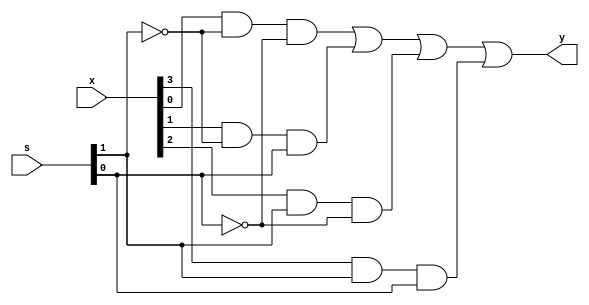
/***** Obarey Inc. *****/   
module four_to_one_multiplexer(y,x,s);
    input [1:0] s;
    input [3:0] x;
    output y;
    
    assign y = (x[0] & ~s[1] & ~s[0]) | (x[1] & ~s[1] & s[0]) | (x[2] & s[1] & ~s[0]) | (x[3] & s[1] & s[0]);
endmodule

/* test bench ( tested on Vivado )
module four_to_one_multiplexer_tb;

    reg [3:0] in;
    reg [1:0] sel;
    wire out;
    
    four_to_one_multiplexer UUT (out,in,sel);
    
    initial 
    begin
    
    sel = 0;
    in = 0;
    
    repeat (63)
        #10 {sel,in} = {sel,in} + 1'b1;
    end
        
    initial  
    begin
    $display("              \ttime \tsel \tin \tout"); 
    $monitor("%d \t%b \t%b \t%b",$time,sel,in,out); 
    end
endmodule
*/